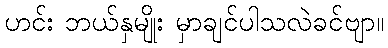
ဟင်း ဘယ်နှမျိုး မှာချင်ပါသလဲခင်ဗျာ။